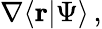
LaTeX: \nabla\langle\mathbf{r}|\Psi\rangle\, ,